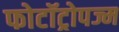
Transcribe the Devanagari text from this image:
फोटॉट्रोपज्म